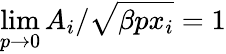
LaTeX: \operatorname*{lim}_{p\to 0}A_{i}/\sqrt{\beta px_{i}}=1